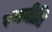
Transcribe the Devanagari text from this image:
रणनीति